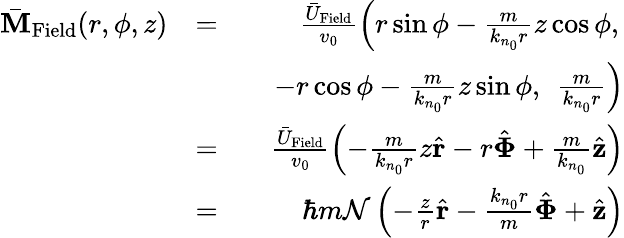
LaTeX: \begin{array}{rlr}{\bar{\mathbf M}_{\mathrm{Field}}(r,\phi,z)}&{=}&{\frac{\bar{U}_{\mathrm{Field}}}{v_{0}}\left(r\sin\phi-\frac{m}{k_{n_{0}}r}z\cos\phi,\right.}\\ &{}&{\quad-r\cos\phi-\frac{m}{k_{n_{0}}r}z\sin\phi,\ \left.\frac{m}{k_{n_{0}}r}\right)}\\ &{=}&{\frac{\bar{U}_{\mathrm{Field}}}{v_{0}}\left(-\frac{m}{k_{n_{0}}r}z\hat{\mathbf r}-r\hat{\mathbf\Phi}+\frac{m}{k_{n_{0}}}\hat{\mathbf z}\right)}\\ &{=}&{\hbar m{\cal N}\left(-\frac{z}{r}\hat{\mathbf r}-\frac{k_{n_{0}}r}{m}\hat{\mathbf\Phi}+\hat{\mathbf z}\right)}\end{array}